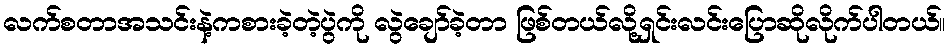
လက်စတာအသင်းနဲ့ကစားခဲ့တဲ့ပွဲကို လွဲချော်ခဲ့တာ ဖြစ်တယ်လို့ရှင်းလင်းပြောဆိုလိုက်ပါတယ်။